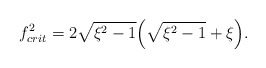
\begin{align*}f_{crit}^2 = 2 \sqrt{\xi^2 - 1} \Bigl( \sqrt{\xi^2 - 1}+ \xi \Bigr).\end{align*}